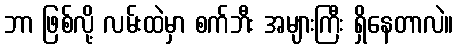
ဘာ ဖြစ်လို့ လမ်းထဲမှာ စက်ဘီး အများကြီး ရှိနေတာလဲ။